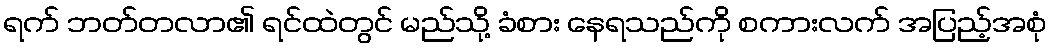
ရက် ဘတ်တလာ၏ ရင်ထဲတွင် မည်သို့ ခံစား နေရသည်ကို စကားလက် အပြည့်အစုံ